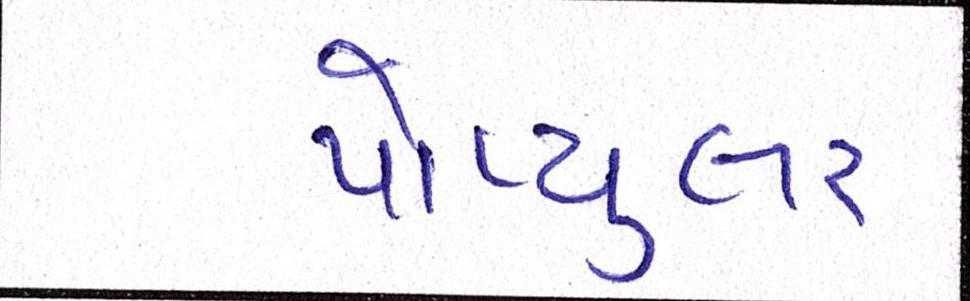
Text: પોપ્યુલર